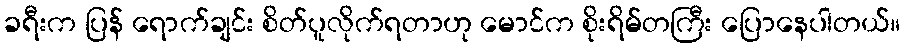
ခရီးက ပြန် ရောက်ချင်း စိတ်ပူလိုက်ရတာဟု မောင်က စိုးရိမ်တကြီး ပြောနေပါတယ်။